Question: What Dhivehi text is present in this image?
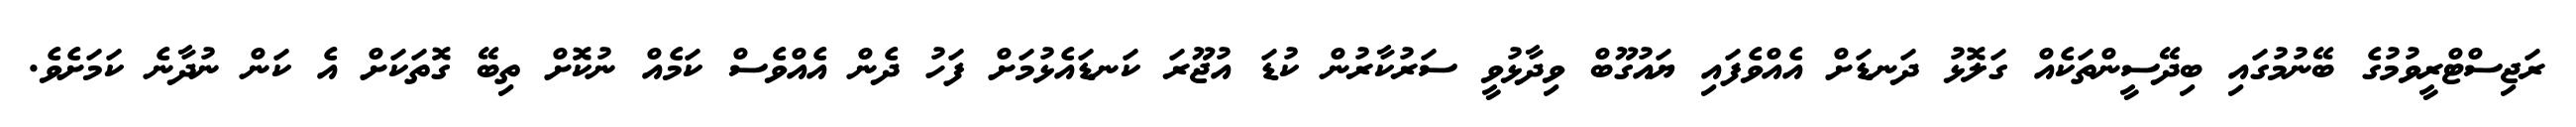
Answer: ރަޖިސްޓްރީވުމުގެ ބޭނުމުގައި ބިދޭސީންތަކެއް ގަލޮޅު ދަނޑަށް އެއްވެފައި ޔައުގޫބް ވިދާޅުވީ ސަރުކާރުން ކުޑަ އުޖޫރަ ކަނޑައެޅުމަށް ފަހު ދެން އެއްވެސް ކަމެއް ނުކޮށް ތިބޭ ގޮތަކަށް އެ ކަން ނުދާނެ ކަމަށެވެ.